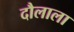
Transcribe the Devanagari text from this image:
दौलाला